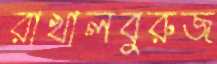
রাখালবুরুজ